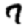
Digit: 7